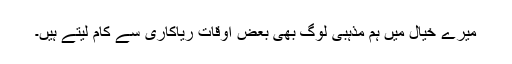
میرے خیال میں ہم مذہبی لوگ بھی بعض اوقات ریاکاری سے کام لیتے ہیں۔